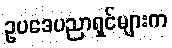
ဥပဒေပညာရှင်များက